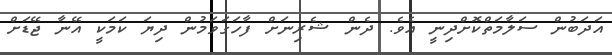
އަދަބުން ސަލާމަތްކޮށްދިނީ އެވެ. ދެން ޝެރިނަށް ފާހަގަވަމުން ދިޔަ ކަމަކީ އޭނާ ޖޭޑަށް